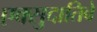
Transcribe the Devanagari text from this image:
एक्सुदातिवे